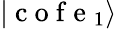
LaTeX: |\mathrm{~c~o~f~e~}_{1}\rangle